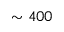
\sim 4 0 0